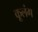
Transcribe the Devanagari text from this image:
कूलंग